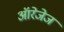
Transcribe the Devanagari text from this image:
ऑरेजेज